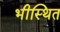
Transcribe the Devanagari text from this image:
भीस्थित